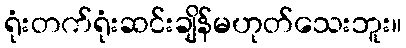
ရုံးတက်ရုံးဆင်းချိန်မဟုတ်သေးဘူး။